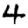
Digit: 4